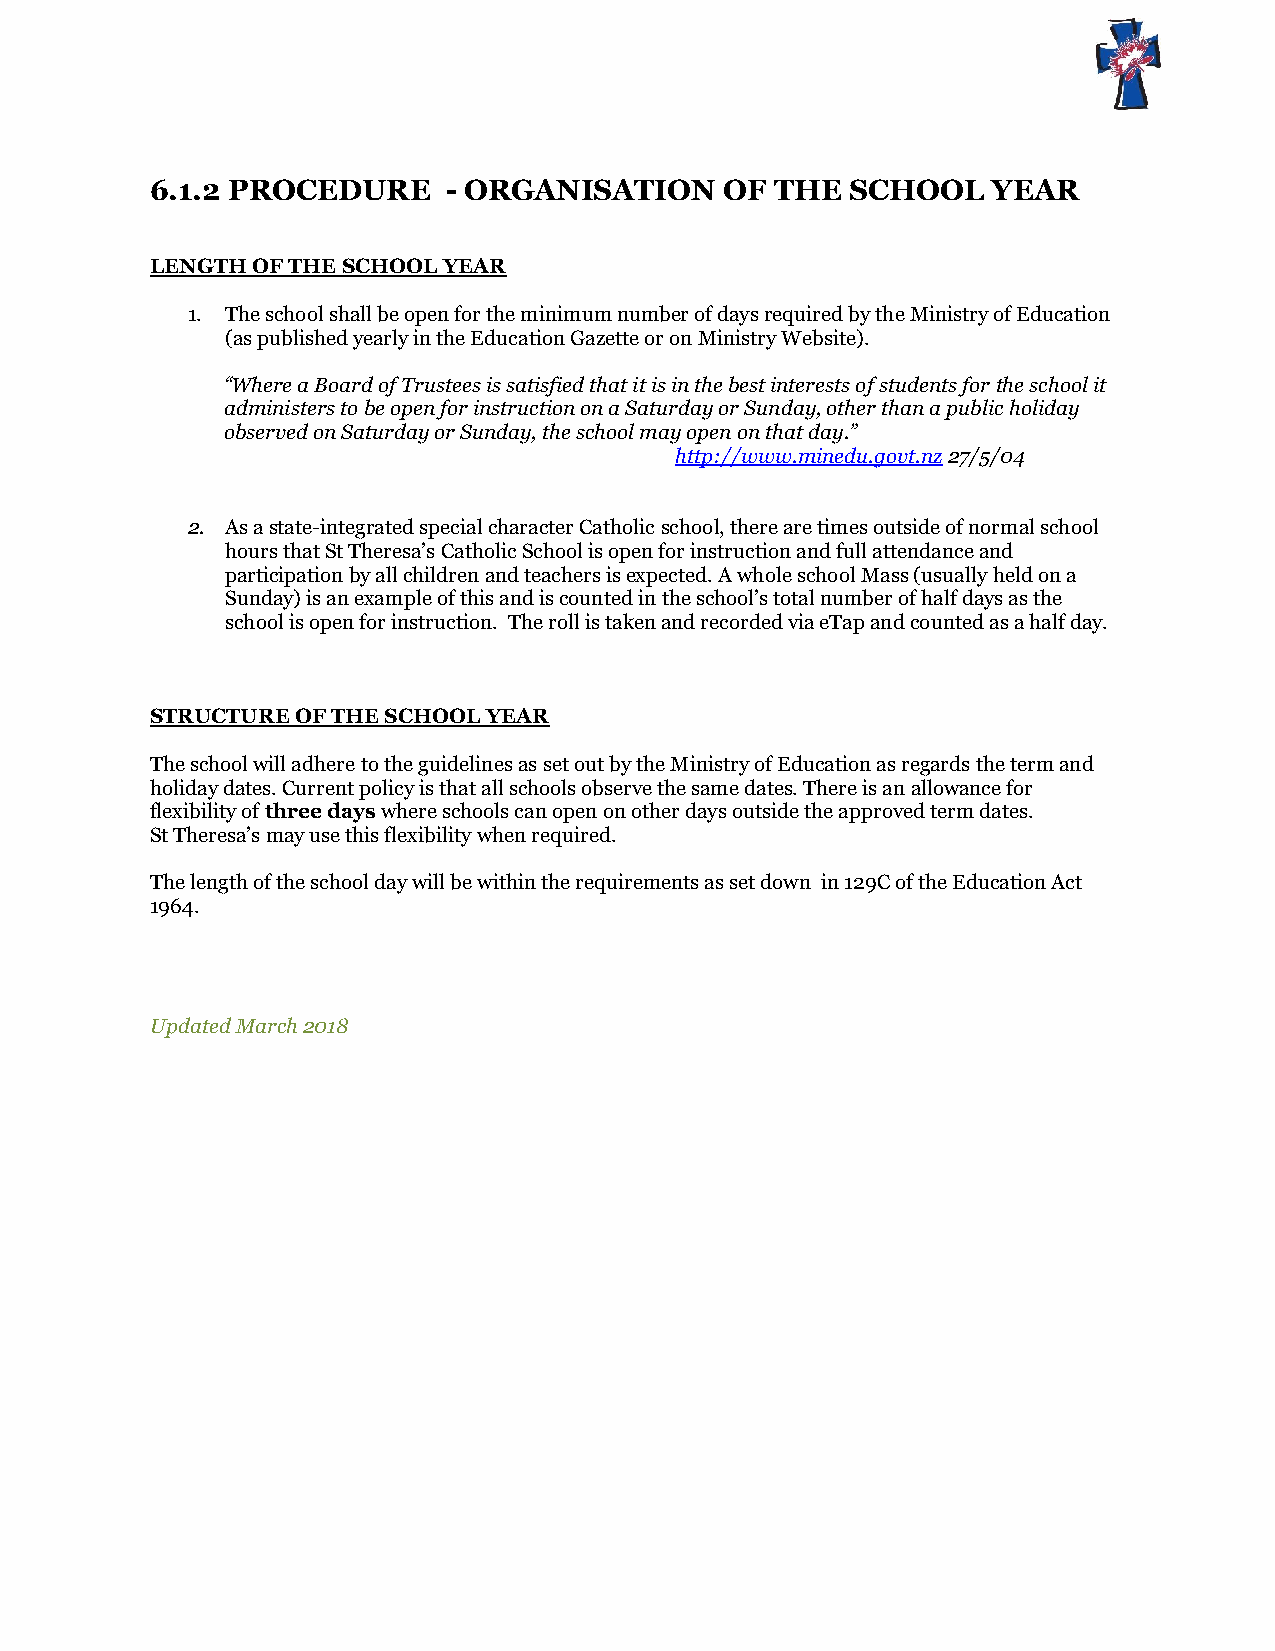
6.1.2 PROCEDURE     - ORGANISATION    OF THE  SCHOOL    YEAR
 LENGTH OF THE SCHOOL YEAR
 1. The school shall be open for the minimum number of days required by the Ministry of Education
 (as published yearly in the Education Gazette or on Ministry Website).
 “Where a Board of Trustees is satisfied that it is in the best interests of students for the school it
 administers to be open for instruction on a Saturday or Sunday, other than a public holiday
 observed on Saturday or Sunday, the school may open on that day.”
 http://www.minedu.govt.nz 27/5/04
 2. As a state-integrated special character Catholic school, there are times outside of normal school
 hours that St Theresa’s Catholic School is open for instruction and full attendance and
 participation by all children and teachers is expected. A whole school Mass (usually held on a
 Sunday) is an example of this and is counted in the school’s total number of half days as the
 school is open for instruction. The roll is taken and recorded via eTap and counted as a half day.
 STRUCTURE OF THE SCHOOL YEAR
 The school will adhere to the guidelines as set out by the Ministry of Education as regards the term and
 holiday dates. Current policy is that all schools observe the same dates. There is an allowance for
 flexibility of three days where schools can open on other days outside the approved term dates.
 St Theresa’s may use this flexibility when required.
 The length of the school day will be within the requirements as set down in 129C of the Education Act
 1964.
 Updated March 2018